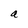
Character: a